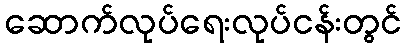
ဆောက်လုပ်ရေးလုပ်ငန်းတွင်